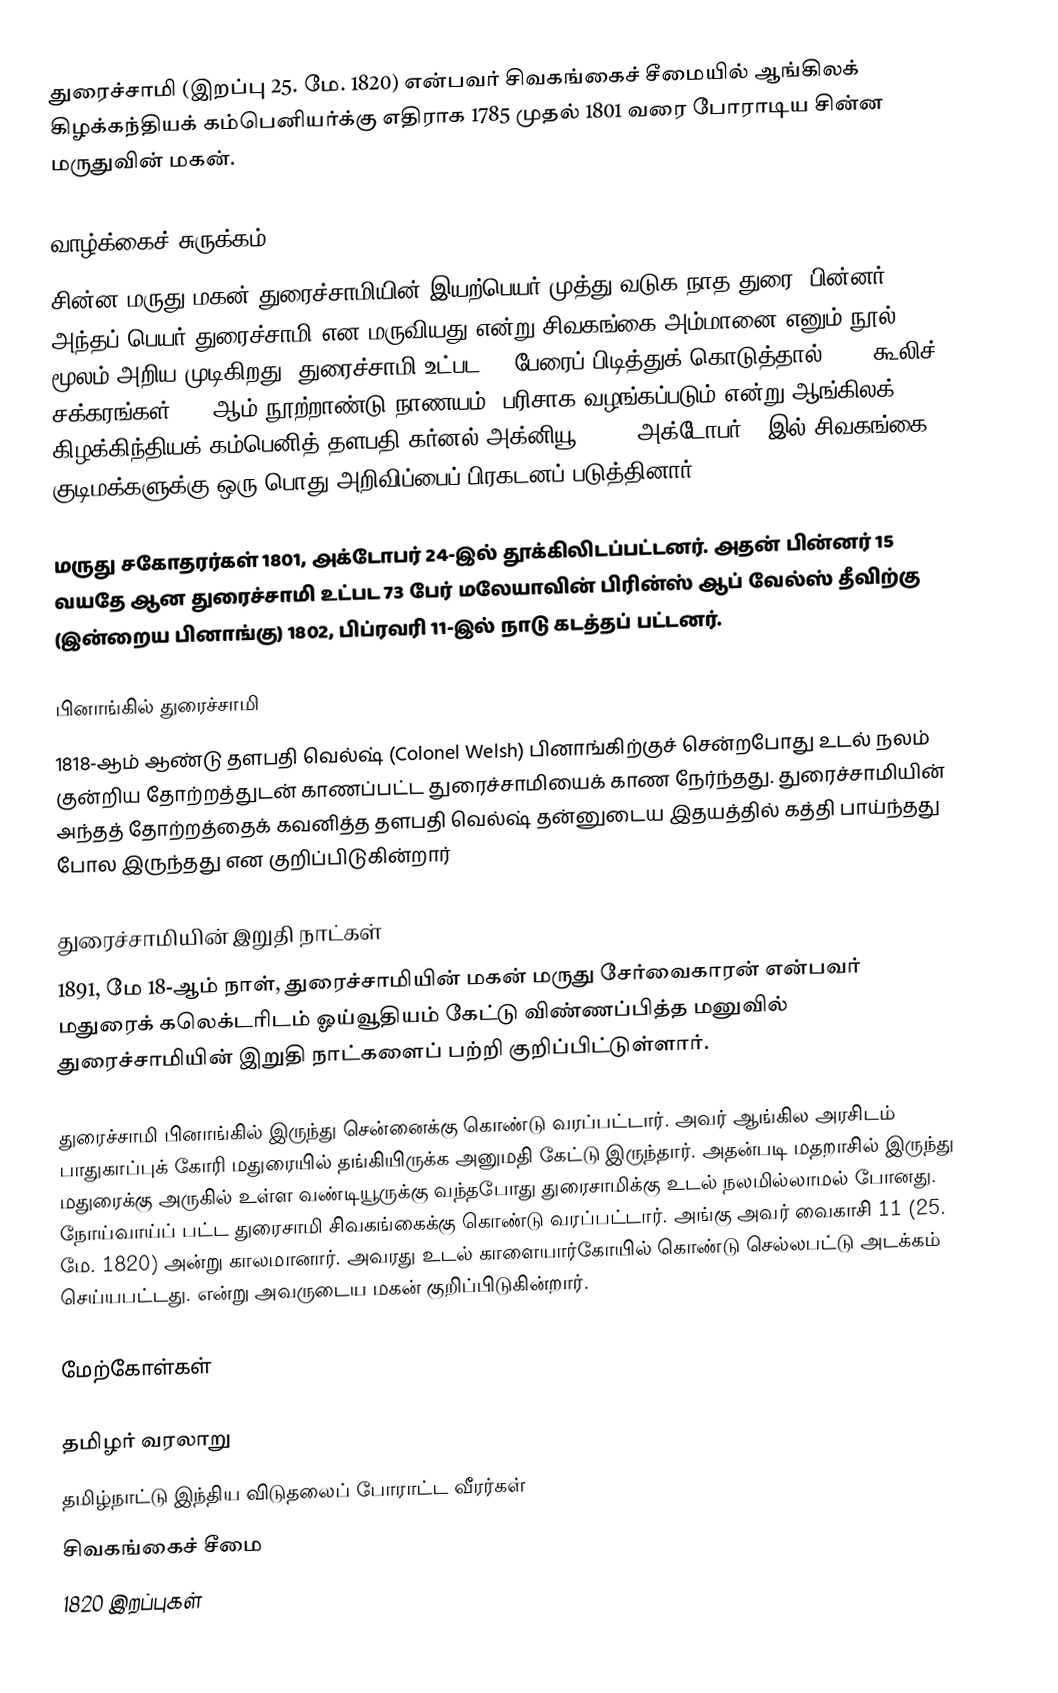
துரைச்சாமி (இறப்பு 25. மே. 1820) என்பவர் சிவகங்கைச் சீமையில் ஆங்கிலக் கிழக்கந்தியக் கம்பெனியர்க்கு எதிராக 1785 முதல் 1801 வரை போராடிய சின்ன மருதுவின் மகன்.

வாழ்க்கைச் சுருக்கம்
சின்ன மருது மகன் துரைச்சாமியின் இயற்பெயர் முத்து வடுக நாத துரை. பின்னர் அந்தப் பெயர் துரைச்சாமி என மருவியது என்று சிவகங்கை அம்மானை எனும் நூல் மூலம் அறிய முடிகிறது. துரைச்சாமி உட்பட 11 பேரைப் பிடித்துக் கொடுத்தால் 1000 கூலிச் சக்கரங்கள் (18-ஆம்  நூற்றாண்டு நாணயம்) பரிசாக வழங்கப்படும் என்று ஆங்கிலக் கிழக்கிந்தியக் கம்பெனித் தளபதி கர்னல் அக்னியூ 1801, அக்டோபர் 1-இல் சிவகங்கை குடிமக்களுக்கு ஒரு பொது அறிவிப்பைப் பிரகடனப் படுத்தினார்.

மருது சகோதரர்கள் 1801, அக்டோபர் 24-இல் தூக்கிலிடப்பட்டனர். அதன் பின்னர் 15 வயதே ஆன துரைச்சாமி உட்பட 73 பேர் மலேயாவின் பிரின்ஸ் ஆப் வேல்ஸ் தீவிற்கு (இன்றைய பினாங்கு) 1802, பிப்ரவரி 11-இல் நாடு கடத்தப் பட்டனர்.

பினாங்கில் துரைச்சாமி
1818-ஆம் ஆண்டு தளபதி வெல்ஷ் (Colonel Welsh) பினாங்கிற்குச் சென்றபோது உடல்  நலம் குன்றிய தோற்றத்துடன் காணப்பட்ட துரைச்சாமியைக் காண நேர்ந்தது. துரைச்சாமியின் அந்தத் தோற்றத்தைக் கவனித்த தளபதி வெல்ஷ் தன்னுடைய இதயத்தில் கத்தி பாய்ந்தது போல இருந்தது என குறிப்பிடுகின்றார்

துரைச்சாமியின் இறுதி  நாட்கள்
1891, மே 18-ஆம் நாள், துரைச்சாமியின் மகன் மருது சேர்வைகாரன் என்பவர் மதுரைக் கலெக்டரிடம் ஓய்வூதியம் கேட்டு விண்ணப்பித்த மனுவில் துரைச்சாமியின் இறுதி நாட்களைப் பற்றி குறிப்பிட்டுள்ளார்.

துரைச்சாமி பினாங்கில் இருந்து சென்னைக்கு கொண்டு வரப்பட்டார். அவர் ஆங்கில அரசிடம் பாதுகாப்புக் கோரி மதுரையில் தங்கியிருக்க அனுமதி கேட்டு இருந்தார். அதன்படி மதறாசில் இருந்து மதுரைக்கு அருகில் உள்ள வண்டியூருக்கு வந்தபோது துரைசாமிக்கு உடல் நலமில்லாமல் போனது. நோய்வாய்ப் பட்ட துரைசாமி சிவகங்கைக்கு கொண்டு வரப்பட்டார். அங்கு அவர் வைகாசி 11 (25. மே. 1820) அன்று காலமானார். அவரது உடல் காளையார்கோயில் கொண்டு செல்லபட்டு அடக்கம் செய்யபட்டது. என்று அவருடைய மகன் குறிப்பிடுகின்றார்.

மேற்கோள்கள்

தமிழர் வரலாறு
தமிழ்நாட்டு இந்திய விடுதலைப் போராட்ட வீரர்கள்
சிவகங்கைச் சீமை
1820 இறப்புகள்